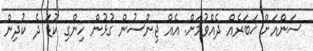
ސަންއަށް ޚަބަރެއް ދެއްވުމަށް: އެއް ޖިންސުން ގުޅުން ހިންގި ކުޑަ ދެ ކުދިން